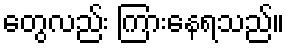
တွေလည်း ကြားနေရသည်။